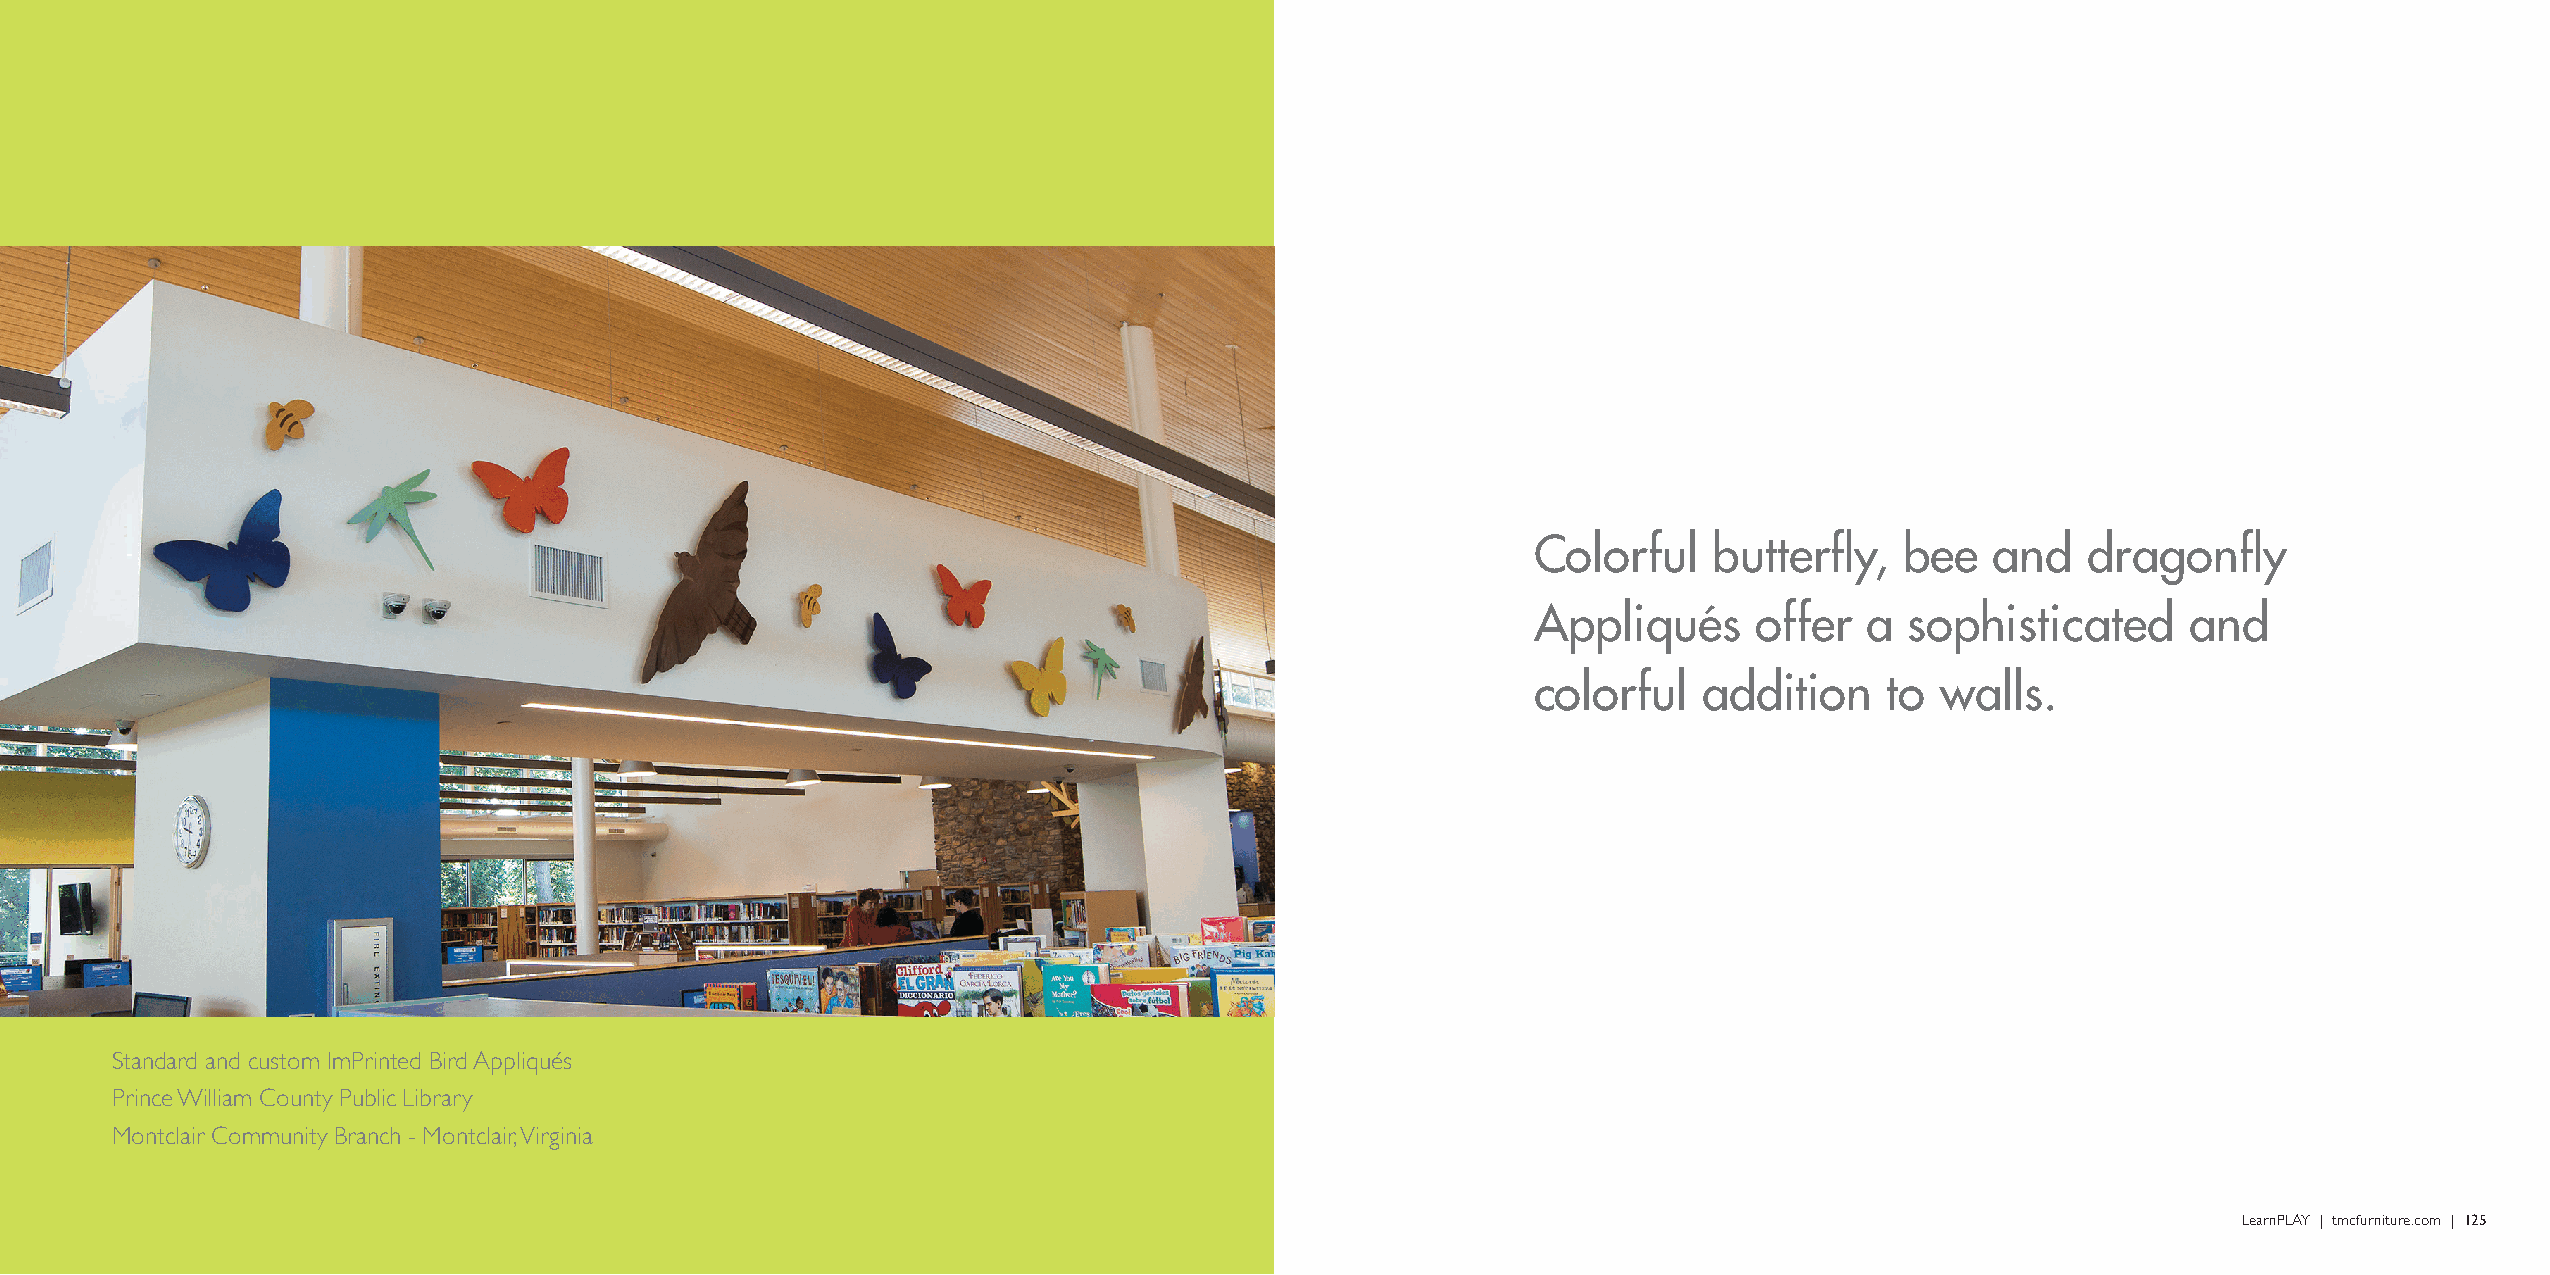
Colorful   butterfly,   bee   and   dragonfly
 Appliqués     offer   a sophisticated      and
 colorful   addition    to walls.
 Standard and custom ImPrinted Bird Appliqués
 Prince William County Public Library
 Montclair Community Branch - Montclair, Virginia
 124 | LearnPLAY | tmcfurniture.com                                                                                                             LearnPLAY | tmcfurniture.com | 125